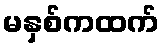
မနှစ်ကထက်